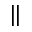
\Vert